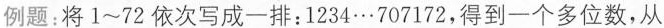
例题：将1~72依次写成一排：1234…707172，得到一个多位数，从